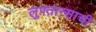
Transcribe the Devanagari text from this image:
लुफ्तान्साची